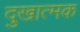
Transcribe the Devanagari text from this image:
दुखात्मक